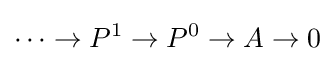
\dots \rightarrow P^{1}\rightarrow P^{0}\rightarrow A\rightarrow 0